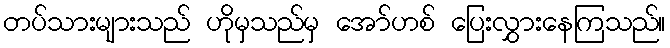
တပ်သားများသည် ဟိုမှသည်မှ အော်ဟစ် ပြေးလွှားနေကြသည်။